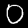
Label: 0